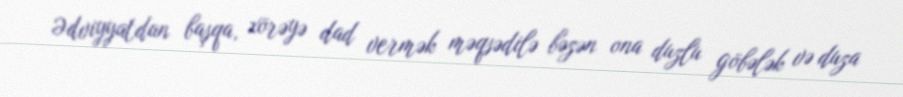
Ədviyyatdan başqa, xörəyə dad vermək məqsədilə bəzən ona duzlu göbələk və duza